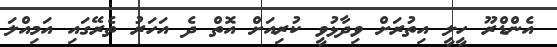
އެންޑްރޫ ހީލީ އިތުރަށް ވިދާޅުވީ ކުރިއަށް އޮތް ދެ އަހަރު ތެރޭގައި އަމިއްލަ